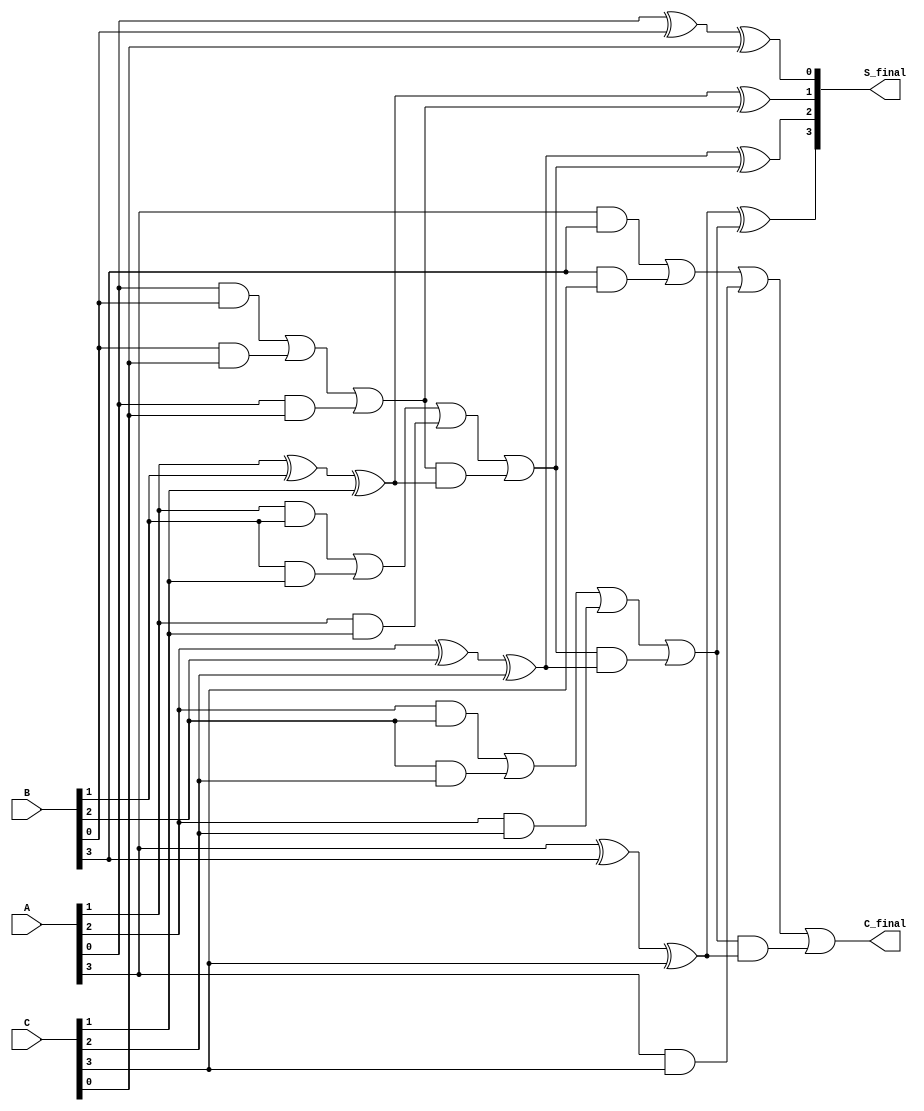
module RippleCarrySaveAdder #(parameter N = 4) (
    input  [N-1:0] A,    // First operand
    input  [N-1:0] B,    // Second operand
    input  [N-1:0] C,    // Third operand
    output [N-1:0] S_final, // Final sum output
    output        C_final   // Final carry output
);

    wire [N:0] carry; // Carry array, one extra bit for the final carry
    wire [N-1:0] sum;  // Partial sum array

    // Initialize the carry for the least significant bit
    assign carry[0] = 1'b0; // No initial carry

    // Full adder logic for each bit position
    genvar i;
    generate
        for (i = 0; i < N; i = i + 1) begin : full_adder
            // Calculate the sum and carry for each bit
            assign sum[i] = A[i] ^ B[i] ^ C[i] ^ carry[i]; // Partial sum
            assign carry[i + 1] = (A[i] & B[i]) | (B[i] & C[i]) | (A[i] & C[i]) | (carry[i] & (A[i] ^ B[i] ^ C[i])); // Carry out
        end
    endgenerate

    // Final sum and carry outputs
    assign S_final = sum;       // Final sum output
    assign C_final = carry[N];  // Final carry output

endmodule